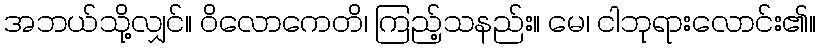
အဘယ်သို့လျှင်။ ဝိလောကေတိ၊ ကြည့်သနည်း။ မေ၊ ငါဘုရားလောင်း၏။